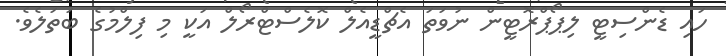
ހައި ޑެންސިޓީ ލިޕޯޕްރޮޓީން ނުވަތަ އެޗްޑީއެލް ކޮލެސްޓްރޯލް އަކީ މި ފިލްމުގެ ބަތަލެވެ.